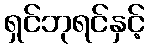
ရှင်ဘုရင်နှင့်